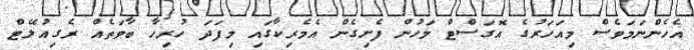
އެހެންނަމަވެސް މިއަހަރުގެ އޮގަސްޓް މަހުން ފެށިގެން އެމެރިކާގައި މިފަދަ ހުރިހާ ބާވަތެއް ރެގިއުލޭޓް